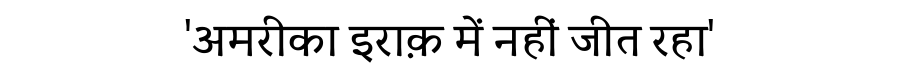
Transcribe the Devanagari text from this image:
'अमरीका इराक़ में नहीं जीत रहा'